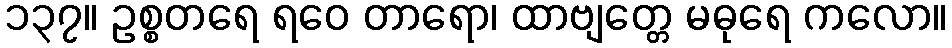
၁၃၇။ ဥစ္စတရေ ရဝေ တာရော၊ ထာဗျတ္တေ မဓုရေ ကလော။